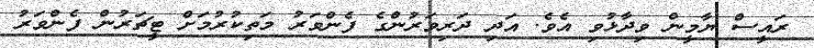
ރައީސް ޔާމީން ވިދާޅުވި އެވެ. އަދި ދަރިވަރުންގެ ފެންވަރު މަތިކުރުމަށް ޓީޗަރުން ފެންވަރު